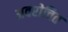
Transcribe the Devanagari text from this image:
अवरोचित